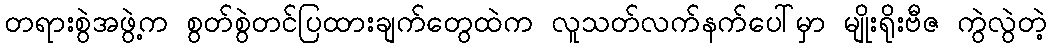
တရားစွဲအဖွဲ့က စွတ်စွဲတင်ပြထားချက်တွေထဲက လူသတ်လက်နက်ပေါ်မှာ မျိုးရိုးဗီဇ ကွဲလွဲတဲ့